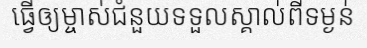
ធ្វើឲ្យម្ចាស់ជំនួយទទួលស្គាល់ពីទម្ងន់